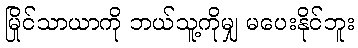
မြိုင်သာယာကို ဘယ်သူ့ကိုမျှ မပေးနိုင်ဘူး